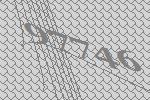
97746